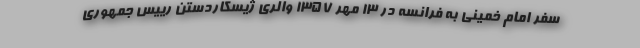
سفر امام خمینی به فرانسه در 13 مهر 1357 والری ژیسکاردستن رییس جمهوری